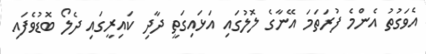
އެވަގުތު އެންމެ ފުރަތަމަ އޭނާގެ ލޮލުގައި އަޅައިގަތީ ދާދި ކައިރީގައި ދެލޯ ބޮޑުވެފައި